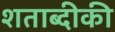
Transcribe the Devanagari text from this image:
शताब्दीकी